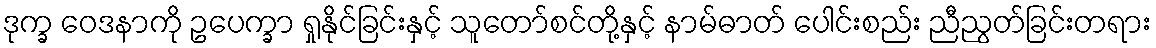
ဒုက္ခ ဝေဒနာကို ဥပေက္ခာ ရှုနိုင်ခြင်းနှင့် သူတော်စင်တို့နှင့် နာမ်ဓာတ် ပေါင်းစည်း ညီညွတ်ခြင်းတရား